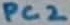
Text: PC2